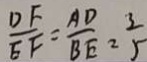
\frac { D F } { E F } = \frac { A D } { B E } = \frac { 3 } { 5 }